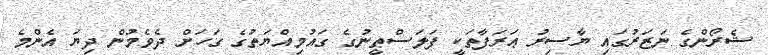
ޝެރޯންގެ ނަޒަރުގައި ޔާސިރު ޢަރަފާތަކީ ފަލަސްޠީނުގެ ގައުމިއްޔަތުގެ ގަހަށް ދެވެމުން ދިޔަ އެންމެ